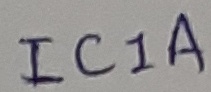
Text: IC1A